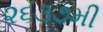
૨૬૩૭મી